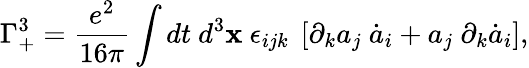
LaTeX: \Gamma_{+}^{3}=\frac{e^{2}}{16\pi}\int dt~d^{3}{\mathbf x}~\epsilon_{ijk}~\left[\partial_{k}a_{j}~\dot{a}_{i}+a_{j}~\partial_{k}\dot{a}_{i}\right],